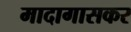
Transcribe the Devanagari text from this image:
मादागासकर